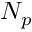
N _ { p }